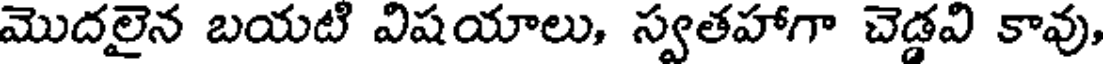
మొదలైన బయటి విషయాలు, స్వతహాగా చెడ్డవి కావు,